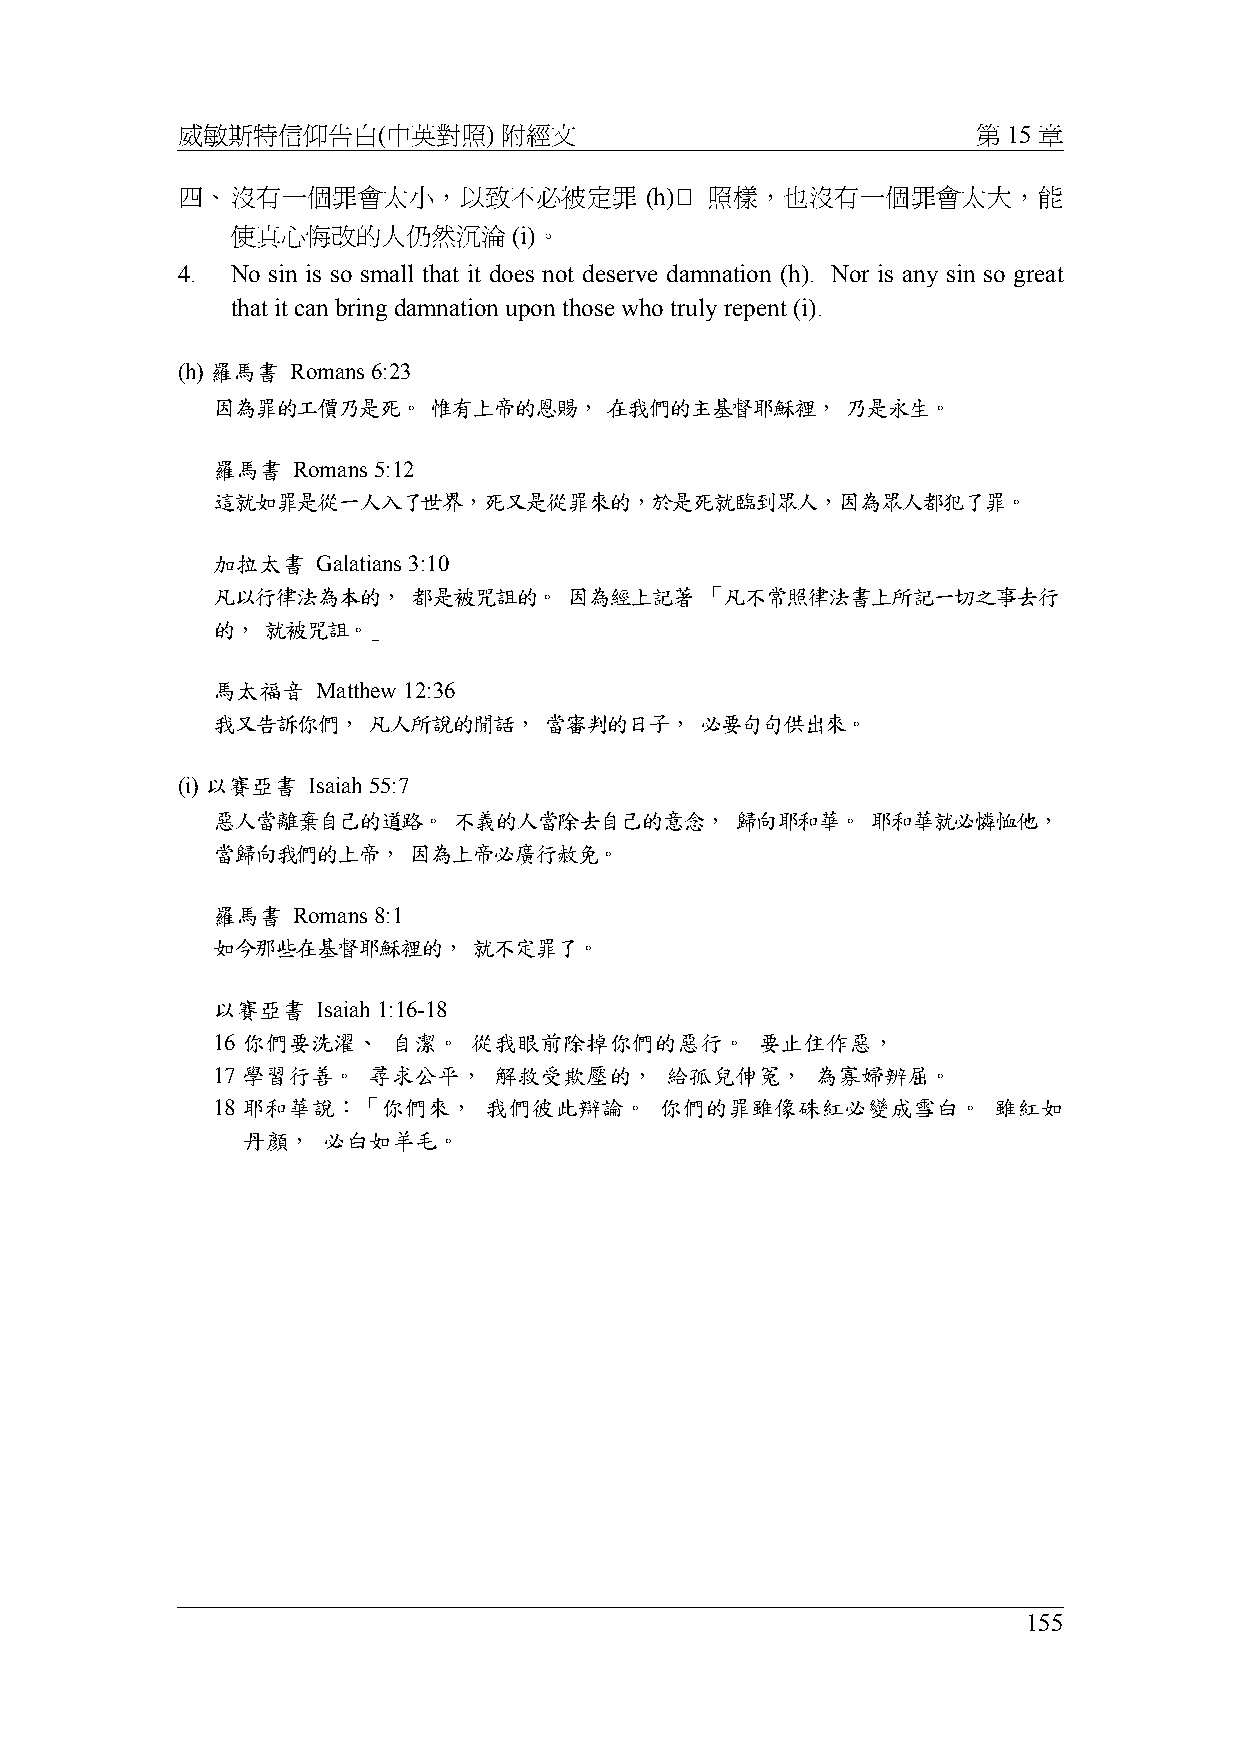
威敏斯特信仰告白(中英對照)       附經文                             第 15 章
 四、沒有一個罪會太小，以致不必被定罪             (h)﹔ 照樣，也沒有一個罪會太大，能
 使真心悔改的人仍然沉淪        (i)。
 4. No sin is so small that it does not deserve damnation (h). Nor is any sin so great
 that it can bring damnation upon those who truly repent (i).
 (h) 羅馬書 Romans 6:23
 因為罪的工價乃是死。     惟有上帝的恩賜，   在我們的主基督耶穌裡，     乃是永生。
 羅馬書  Romans 5:12
 這就如罪是從一人入了世界，死又是從罪來的，於是死就臨到眾人，因為眾人都犯了罪。
 加拉太書   Galatians 3:10
 凡以行律法為本的，    都是被咒詛的。    因為經上記著  「凡不常照律法書上所記一切之事去行
 的， 就被咒詛。」
 馬太福音   Matthew 12:36
 我又告訴你們，   凡人所說的閒話，    當審判的日子，   必要句句供出來。
 (i) 以賽亞書 Isaiah 55:7
 惡人當離棄自己的道路。     不義的人當除去自己的意念，      歸向耶和華。   耶和華就必憐恤他，
 當歸向我們的上帝，    因為上帝必廣行赦免。
 羅馬書  Romans 8:1
 如今那些在基督耶穌裡的，     就不定罪了。
 以賽亞書   Isaiah 1:16-18
 16 你們要洗濯、   自潔。  從我眼前除掉你們的惡行。       要止住作惡，
 17 學習行善。  尋求公平，    解救受欺壓的，    給孤兒伸冤，    為寡婦辨屈。
 18 耶和華說：「你們來，     我們彼此辯論。     你們的罪雖像硃紅必變成雪白。        雖紅如
 丹顏，  必白如羊毛。
 155